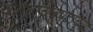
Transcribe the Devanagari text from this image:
चलत्‌चित्रपटाच्या